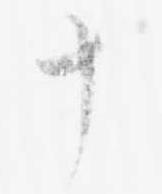
十